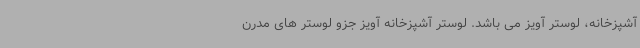
آشپزخانه، لوستر آویز می باشد. لوستر آشپزخانه آویز جزو لوستر های مدرن